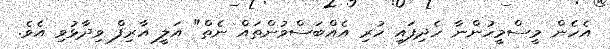
އެހެން މީސްމީހުންނާ ހެދިފައި ހުރި އެއްބަސްވުންތައް ނެތް" އަލީ އާރިފް ވިދާޅުވި އެވެ.